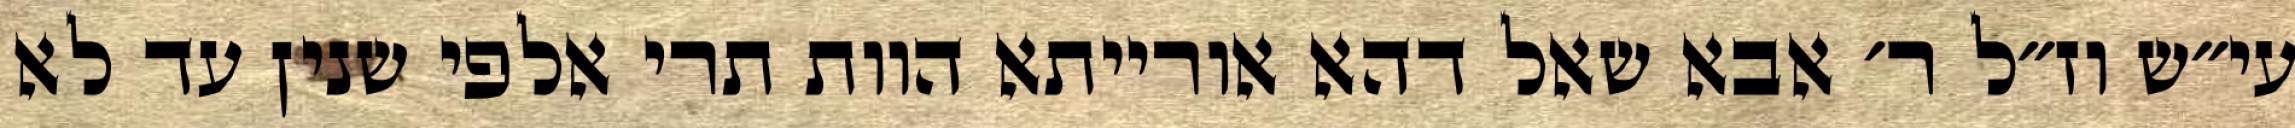
עי״ש וז״ל ר׳ אבא שאל דהא אורייתא הוות תרי אלפי שנין עד לא